Vaccine operations Central Provinces 1900-1911 - 1900-1911
Year: 1900
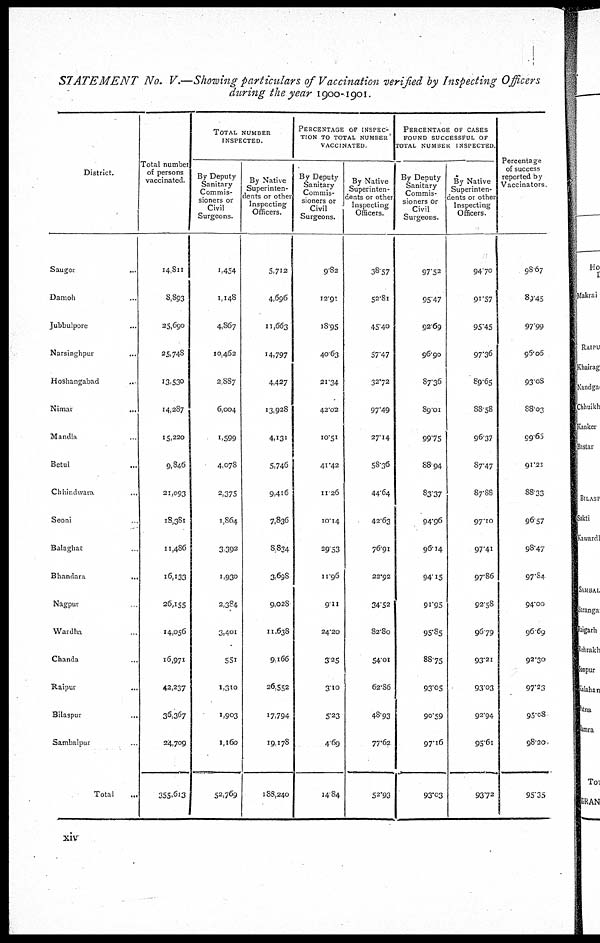
STATEMENT No. V.—Showing particulars of Vaccination verified by Inspecting Officers
during the year 1900-1901.
District.
Saugor...
Damoh...
Jubbulpore...
Narsinghpur...
Hoshangabad...
Nimar...
Mandla...
Betul...
Chhindwara...
Seoni...
Balaghat...
Bhandara
...
Nagpur...
Wardha..
Chanda...
Raipur...
Bilaspur...
Sambalpur...
Total...
Total number
of persons
vaccinated.
14,811
8,893
25,690
25,748
13,530
14,287
15,220
9,846
21,093
18,381
11,486
16,133
26,155
14,056
16,971
42,237
36,367
24,709
355,613
TOTAL NUMBER
INSPECTED.
By Deputy
Sanitary
Commis-
sioners or
Civil
Surgeons.
1,454
1,148
4,867
10,462
2,887
6,004
1,599
4,078
2,375
1,864
3,392
1,930
2,384
3,401
551
1,310
1,903
1,160
52,769
By Native
Superinten-
dents or other
Inspecting
Officers.
5,712
4,696
11,663
14,797
4,427
13,928
4,131
5,746
9,416
7,836
8,834
3,698
9,028
11,638
9,166
26,552
17,794
19,178
188,240
PERCENTAGE OF INSPEC-
---- TO TOTAL NUMBER
VACCINATED
By Deputy
Sanitary
Commis-
sioners or
Civil
Surgeons.
9.82
12.91
18.95
40.63
21.34
42.02
10.51
41.42
11.26
10.14
29.53
11.96
9.11
24.20
3.25
3.10
5.23
4.69
14.84
By Native
Superinten-
dents or other
Inspecting
Officers.
38.57
52.81
45.40
57.47
32.72
97.49
27.14
58.36
44.64
42.63
76.91
22.92
34.52
82.80
54.01
62.86
48.93
77.62
52.93
PERCENTAGE OF CASES
FOUND SUCCESSFUL OF
TOTAL NUMBER INSPECTED.
By Deputy
Sanitary
Commis-
sioners or
Civil
Surgeons.
97.52
95.47
92.69
96.90
87.36
89.01
99.75
88.94
83.37
94.96
96.14
94.15
91.95
95.85
88.75
93.05
90.59
97.16
93.03
By Native
Superinten-
dents or other
Inspecting
Officers.
94.70
91.57
95.45
97.36
89.65
88.58
96.37
87.47
87.88
97.10
97.41
97.86
92.58
96.79
93.21
93.03
92.94
95.61
93.72
Percentage
of success
reported by
Vaccinators.
98.67
89.45
97.99
96.06
93.08
88.03
99.65
91.21
88.33
96.57
98.47
97.84
94.00
96.69
92.30
97.23
95.08
98.20
95.35
xiv